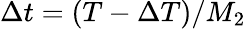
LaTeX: \Delta t=(T-\Delta T)/M_{2}